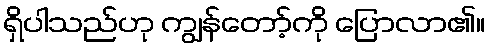
ရှိပါသည်ဟု ကျွန်တော့်ကို ပြောလာ၏။